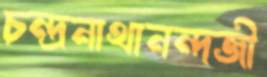
চন্দ্রনাথানন্দজী